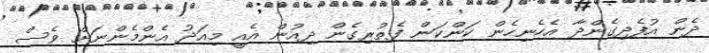
ދެން އުފެދިގެންދާ އެހެނިހެން ކަންކަން ފެތުރިގެން ދިއުން އެއީ މިއަދު އެންމެންނަށް ވެސް